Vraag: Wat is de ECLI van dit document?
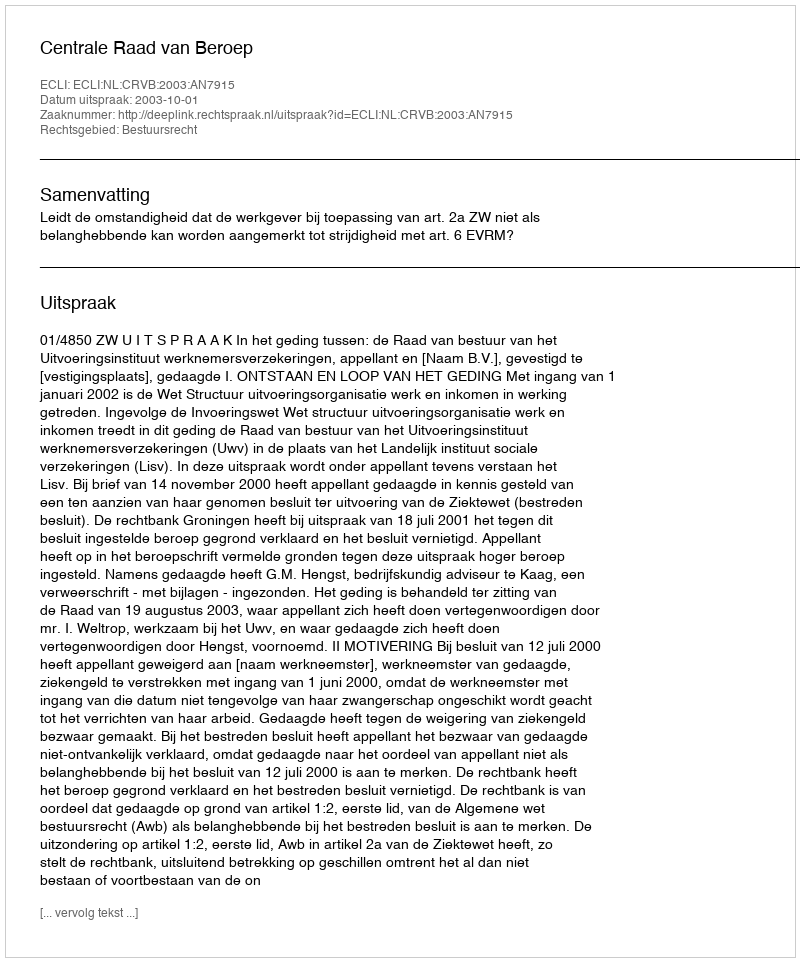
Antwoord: ECLI:NL:CRVB:2003:AN7915